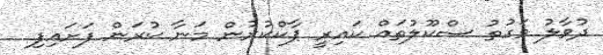
ދުވާލު ވަގުތު ސްކޫލުތައް ކައިރީ ޕާކްކުރުން މަނާ ކުރަަން ފަށައިފި